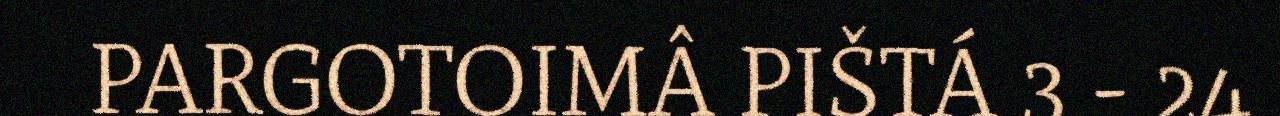
PARGOTOIMÂ PIŠTÁ 3 - 24